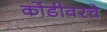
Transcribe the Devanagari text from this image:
कोंडीवरचे